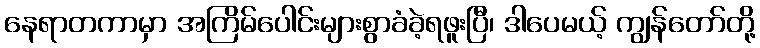
နေရာတကာမှာ အကြိမ်ပေါင်းများစွာခံခဲ့ရဖူးပြီ၊ ဒါပေမယ့် ကျွန်တော်တို့